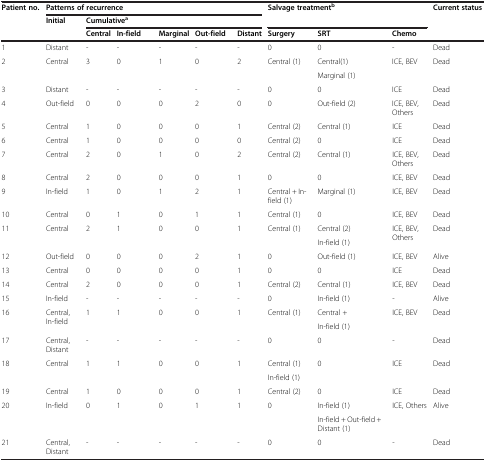
<table><thead><tr><td rowspan="3"><b>Patient no.</b></td><td colspan="6"><b>Patterns of recurrence</b></td><td rowspan="2" colspan="3"><b>Salvage treatment<sup>b</sup></b></td><td rowspan="3"><b>Current status</b></td></tr><tr><td rowspan="2"><b>Initial</b></td><td colspan="5"><b>Cumulative<sup>a</sup></b></td></tr><tr><td><b>Central</b></td><td><b>In-field</b></td><td><b>Marginal</b></td><td><b>Out-field</b></td><td><b>Distant</b></td><td><b>Surgery</b></td><td><b>SRT</b></td><td><b>Chemo</b></td></tr></thead><tbody><tr><td>1</td><td>Distant</td><td>-</td><td>-</td><td>-</td><td>-</td><td>-</td><td>0</td><td>0</td><td>-</td><td>Dead</td></tr><tr><td rowspan="2">2</td><td rowspan="2">Central</td><td rowspan="2">3</td><td rowspan="2">0</td><td rowspan="2">1</td><td rowspan="2">0</td><td rowspan="2">2</td><td rowspan="2">Central (1)</td><td>Central(1)</td><td rowspan="2">ICE, BEV</td><td rowspan="2">Dead</td></tr><tr><td>Marginal (1)</td></tr><tr><td>3</td><td>Distant</td><td>-</td><td>-</td><td>-</td><td>-</td><td>-</td><td>0</td><td>0</td><td>ICE</td><td>Dead</td></tr><tr><td>4</td><td>Out-field</td><td>0</td><td>0</td><td>0</td><td>2</td><td>0</td><td>0</td><td>Out-field (2)</td><td>ICE, BEV, Others</td><td>Dead</td></tr><tr><td>5</td><td>Central</td><td>1</td><td>0</td><td>0</td><td>0</td><td>1</td><td>Central (2)</td><td>Central (1)</td><td>ICE</td><td>Dead</td></tr><tr><td>6</td><td>Central</td><td>1</td><td>0</td><td>0</td><td>0</td><td>0</td><td>Central (2)</td><td>0</td><td>ICE</td><td>Dead</td></tr><tr><td>7</td><td>Central</td><td>2</td><td>0</td><td>1</td><td>0</td><td>2</td><td>Central (2)</td><td>Central (1)</td><td>ICE, BEV, Others</td><td>Dead</td></tr><tr><td>8</td><td>Central</td><td>2</td><td>0</td><td>0</td><td>0</td><td>1</td><td>0</td><td>0</td><td>ICE, BEV</td><td>Dead</td></tr><tr><td>9</td><td>In-field</td><td>1</td><td>0</td><td>1</td><td>2</td><td>1</td><td>Central + In-field (1)</td><td>Marginal (1)</td><td>ICE, BEV</td><td>Dead</td></tr><tr><td>10</td><td>Central</td><td>0</td><td>1</td><td>0</td><td>1</td><td>1</td><td>Central (1)</td><td>0</td><td>ICE, BEV</td><td>Dead</td></tr><tr><td rowspan="2">11</td><td rowspan="2">Central</td><td rowspan="2">2</td><td rowspan="2">1</td><td rowspan="2">0</td><td rowspan="2">0</td><td rowspan="2">1</td><td rowspan="2">Central (1)</td><td>Central (2)</td><td rowspan="2">ICE, BEV, Others</td><td rowspan="2">Dead</td></tr><tr><td>In-field (1)</td></tr><tr><td>12</td><td>Out-field</td><td>0</td><td>0</td><td>0</td><td>2</td><td>1</td><td>0</td><td>Out-field (1)</td><td>ICE, BEV</td><td>Alive</td></tr><tr><td>13</td><td>Central</td><td>0</td><td>0</td><td>0</td><td>0</td><td>1</td><td>0</td><td>0</td><td>ICE</td><td>Dead</td></tr><tr><td>14</td><td>Central</td><td>2</td><td>0</td><td>0</td><td>0</td><td>1</td><td>Central (2)</td><td>Central (1)</td><td>ICE, BEV</td><td>Dead</td></tr><tr><td>15</td><td>In-field</td><td>-</td><td>-</td><td>-</td><td>-</td><td>-</td><td>0</td><td>In-field (1)</td><td>-</td><td>Alive</td></tr><tr><td rowspan="2">16</td><td rowspan="2">Central, In-field</td><td rowspan="2">1</td><td rowspan="2">1</td><td rowspan="2">0</td><td rowspan="2">0</td><td rowspan="2">1</td><td rowspan="2">Central (1)</td><td>Central +</td><td rowspan="2">ICE, BEV</td><td rowspan="2">Dead</td></tr><tr><td>In-field (1)</td></tr><tr><td>17</td><td>Central, Distant</td><td>-</td><td>-</td><td>-</td><td>-</td><td>-</td><td>0</td><td>0</td><td>-</td><td>Dead</td></tr><tr><td rowspan="2">18</td><td rowspan="2">Central</td><td rowspan="2">1</td><td rowspan="2">1</td><td rowspan="2">0</td><td rowspan="2">0</td><td rowspan="2">1</td><td>Central (1)</td><td rowspan="2">0</td><td rowspan="2">ICE</td><td rowspan="2">Dead</td></tr><tr><td>In-field (1)</td></tr><tr><td>19</td><td>Central</td><td>1</td><td>0</td><td>0</td><td>0</td><td>1</td><td>Central (2)</td><td>0</td><td>ICE</td><td>Dead</td></tr><tr><td rowspan="2">20</td><td rowspan="2">In-field</td><td rowspan="2">0</td><td rowspan="2">1</td><td rowspan="2">0</td><td rowspan="2">1</td><td rowspan="2">1</td><td rowspan="2">0</td><td>In-field (1)</td><td rowspan="2">ICE, Others</td><td rowspan="2">Alive</td></tr><tr><td>In-field + Out-field + Distant (1)</td></tr><tr><td>21</td><td>Central, Distant</td><td>-</td><td>-</td><td>-</td><td>-</td><td>-</td><td>0</td><td>0</td><td>-</td><td>Dead</td></tr></tbody></table>